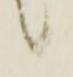
候